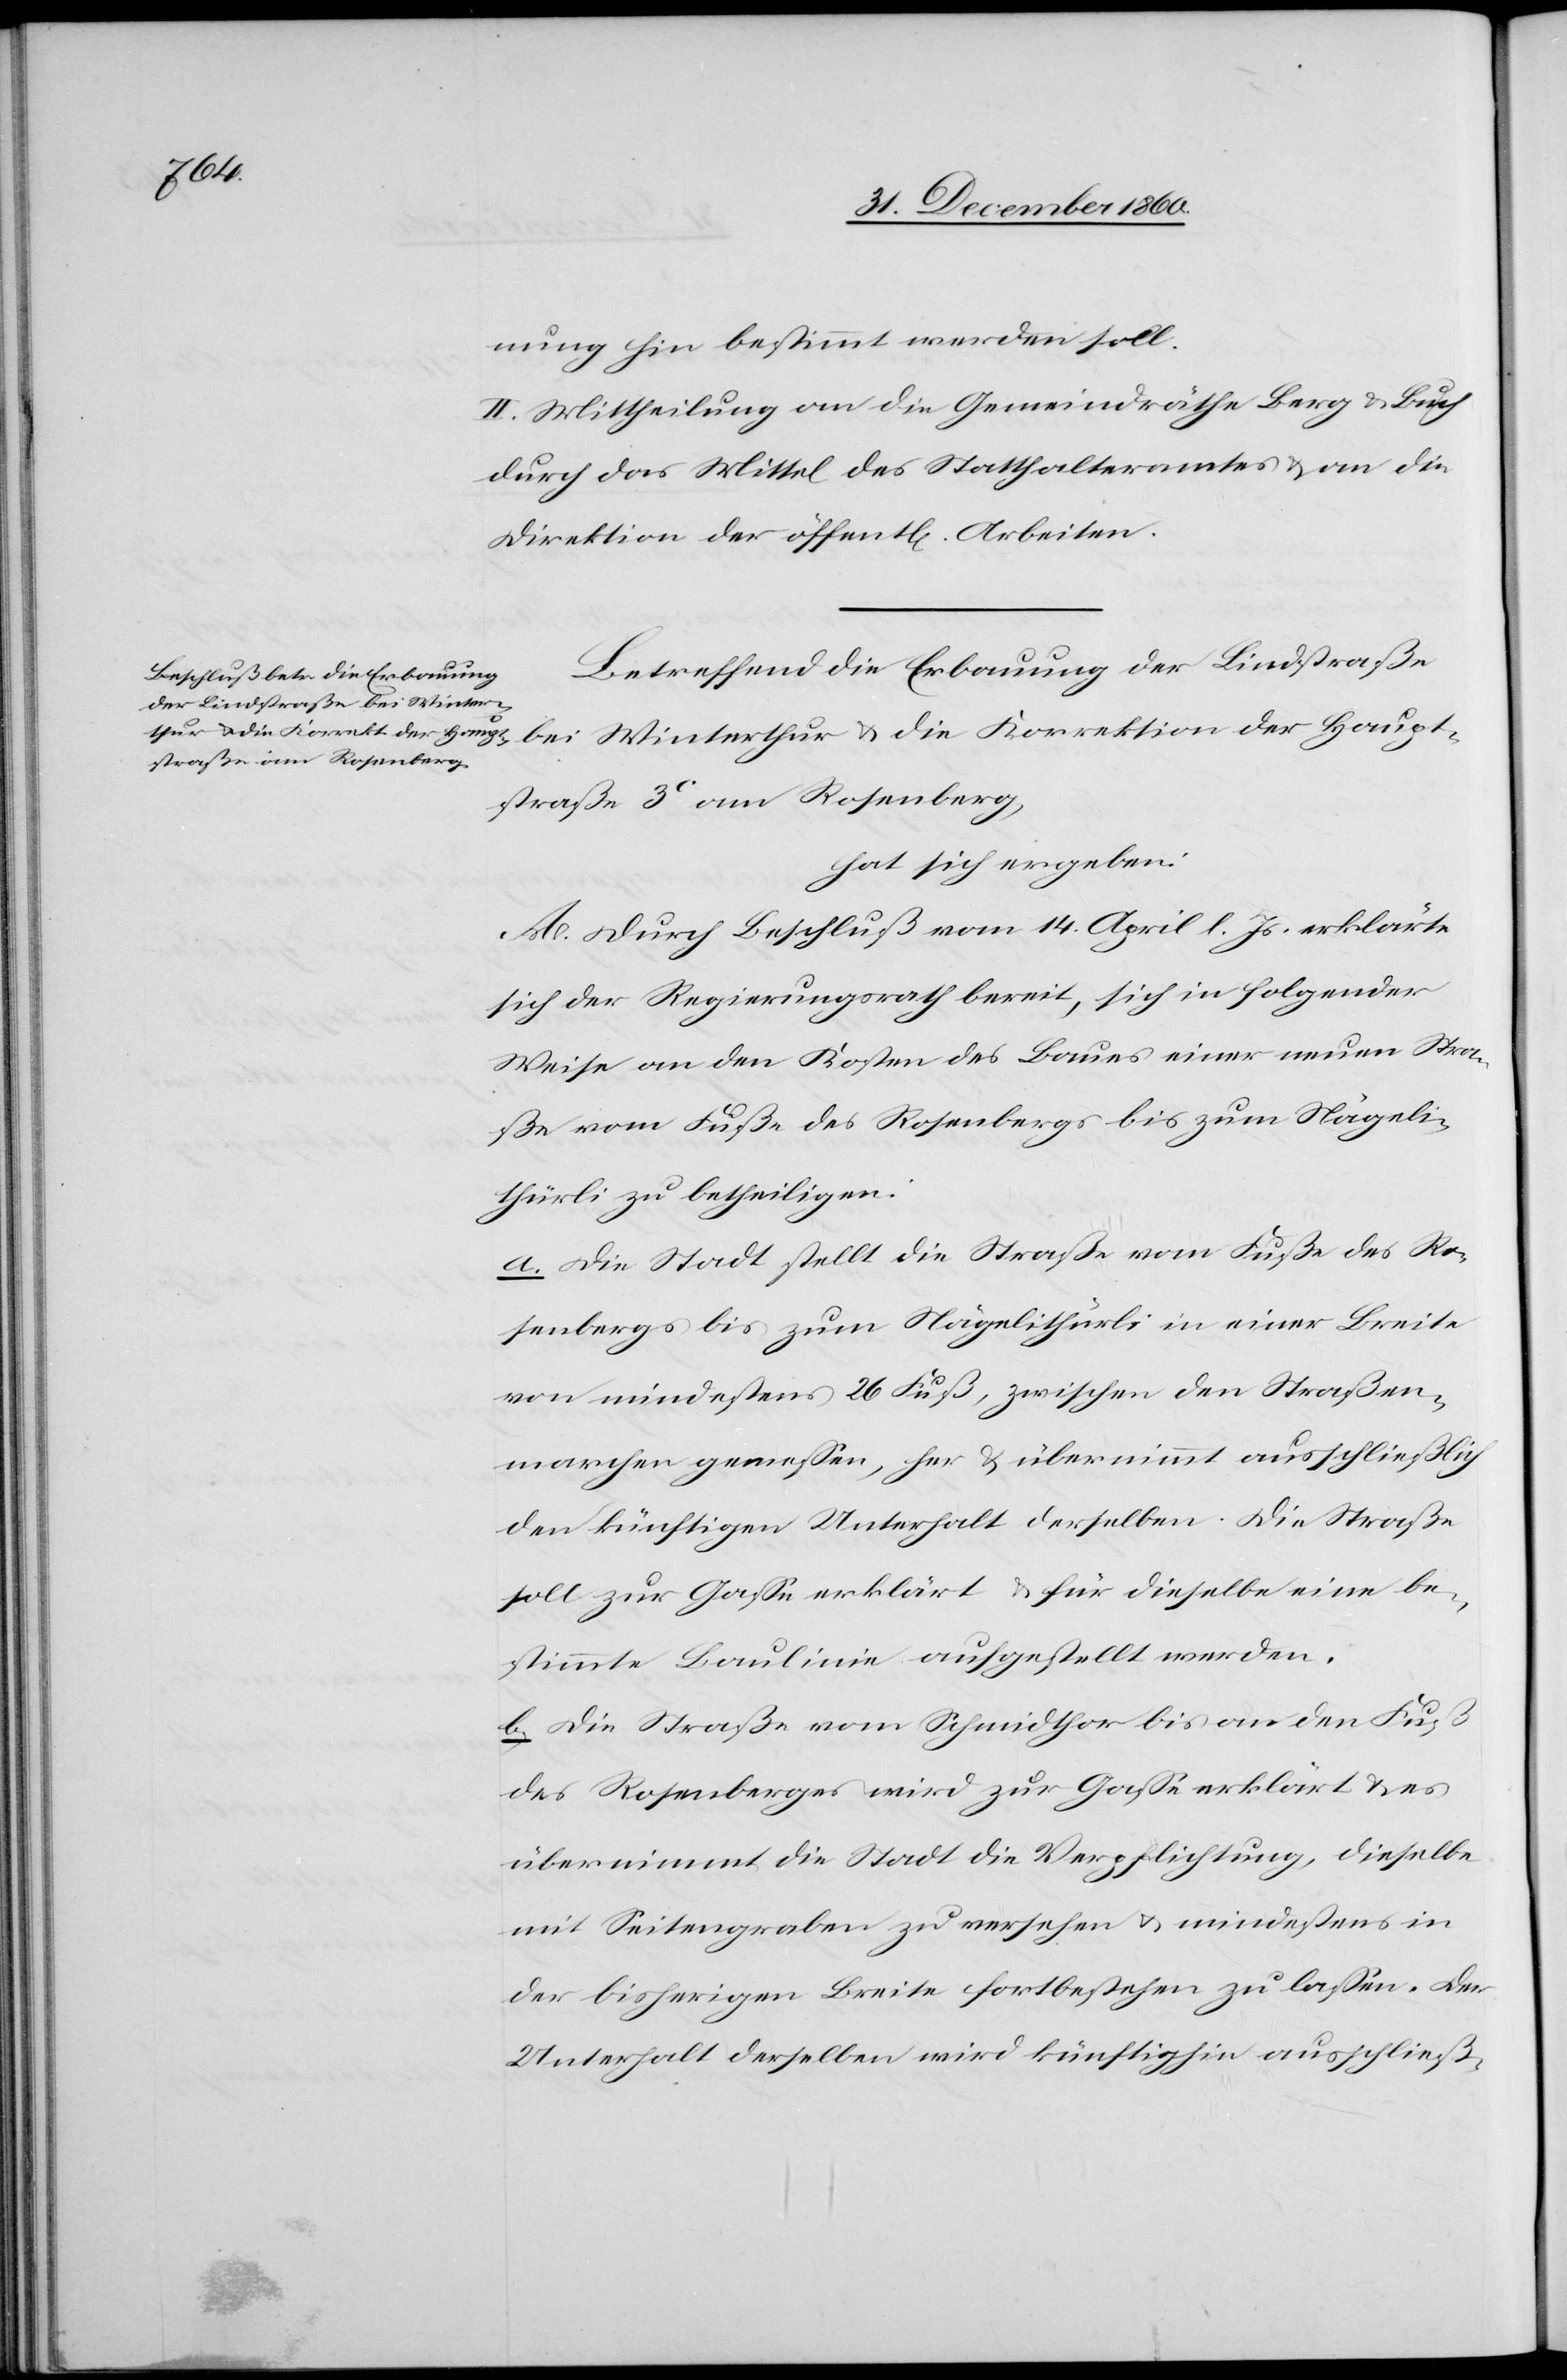
lich
nung hin bestimmt werden soll.
II. Mittheilung an die Gemeindräthe Berg u. Buch
durch das Mittel des Statthalteramtes u. an die
Direktion der öffent[lichen] Arbeiten.
Betreffend die Erbauung der Lindstraße
bei Winterthur u. die Korrektion der Haupt¬
straße 3C am Rosenberg,
hat sich ergeben:
A. Durch Beschluß vom 14. April l. Js. erklärte
sich der Regierungsrath bereit, sich in folgender
Weise an den Kosten des Baues einer neuen Stra¬
ße vom Fuße des Rosenbergs bis zum Nägeli¬
thürli zu betheiligen:
a. Die Stadt stellt die Straße vom Fuße des Ro¬
senbergs bis zum Nägelithürli in einer Breite
von mindestens 26 Fuß, zwischen den Straßen¬
marchen gewesen, her u. übernimmt ausschließlich
den künftigen Unterhalt derselben. Die Straße
soll zur Gasse erklärt u. für dieselbe eine be¬
stimmte Baulinie aufgestellt werden.
b. Die Straße vom Schmidhthor bis an den Fuß
des Rosenberges wird zur Gasse erklärt u. es
übernimmt die Stadt die Verpflichtung, dieselbe
mit Seitengraben zu versehen u. mindestens in
der bisherigen Breite fortbestehen zu lassen. Der
Unterhalt derselben wird künftighin ausschließ¬